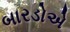
બારડોએ